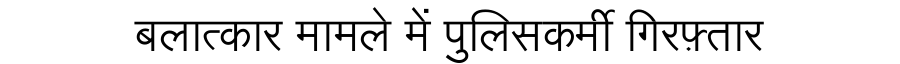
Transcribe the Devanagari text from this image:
बलात्कार मामले में पुलिसकर्मी गिरफ़्तार